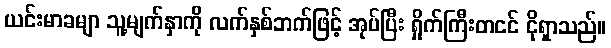
ယင်းမာခမျာ သူ့မျက်နှာကို လက်နှစ်ဘက်ဖြင့် အုပ်ပြီး ရှိုက်ကြီးတငင် ငိုရှာသည်။